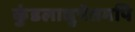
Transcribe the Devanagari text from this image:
कुंडलाद्युपेतमपि